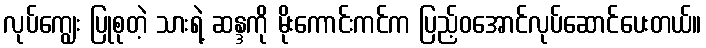
လုပ်ကျွေး ပြုစုတဲ့ သားရဲ့ ဆန္ဒကို မိုးကောင်းကင်က ပြည့်ဝအောင်လုပ်ဆောင်ပေးတယ်။